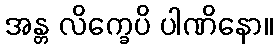
အန္တ လိက္ခေပိ ပါဏိနော။